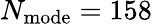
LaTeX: N_{\mathrm{mode}}=158